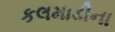
કલમાડીના